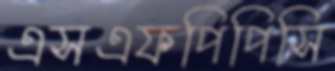
এসএফপিপিসি